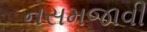
નસમજાવી